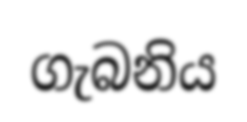
ගැබනිය